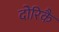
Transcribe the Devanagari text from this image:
दोरिकै